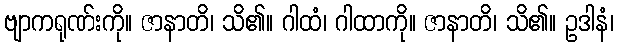
ဗျာကရုဏ်းကို။ ဇာနာတိ၊ သိ၏။ ဂါထံ၊ ဂါထာကို။ ဇာနာတိ၊ သိ၏။ ဥဒါနံ၊